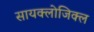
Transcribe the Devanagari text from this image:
सायक्लोजिक्ल